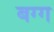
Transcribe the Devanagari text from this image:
बग्ग